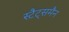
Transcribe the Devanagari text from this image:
स्टैट्समैन